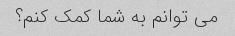
می توانم به شما کمک کنم؟